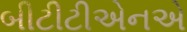
બીટીટીએનએ